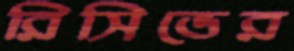
রিসিভের